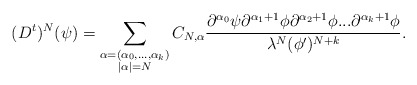
\begin{align*} (D^t)^N(\psi) = \sum_{\substack{\alpha = (\alpha_0, ..., \alpha_k)\\|\alpha| = N}} C_{N, \alpha} \frac{\partial^{\alpha_0}\psi \partial^{\alpha_1+1}\phi \partial^{\alpha_2+1}\phi ... \partial^{\alpha_k+1}\phi}{\lambda^N(\phi')^{N+k}}. \end{align*}